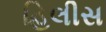
હિલીસ